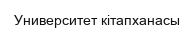
Университет кітапханасы